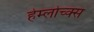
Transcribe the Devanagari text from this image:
हेम्लोच्क्स